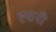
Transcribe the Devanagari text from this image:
ह्सनी